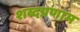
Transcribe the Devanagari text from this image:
शब्दप्रणाम